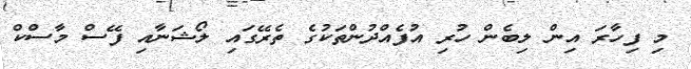
މި ފިހާރަ އިން ލިބެން ހުރި އުފެއްދުންތަކުގެ ތެރޭގައި ލޯޝަނާއި ފޭސް މާސްކް